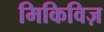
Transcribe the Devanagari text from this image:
मिकिविज़